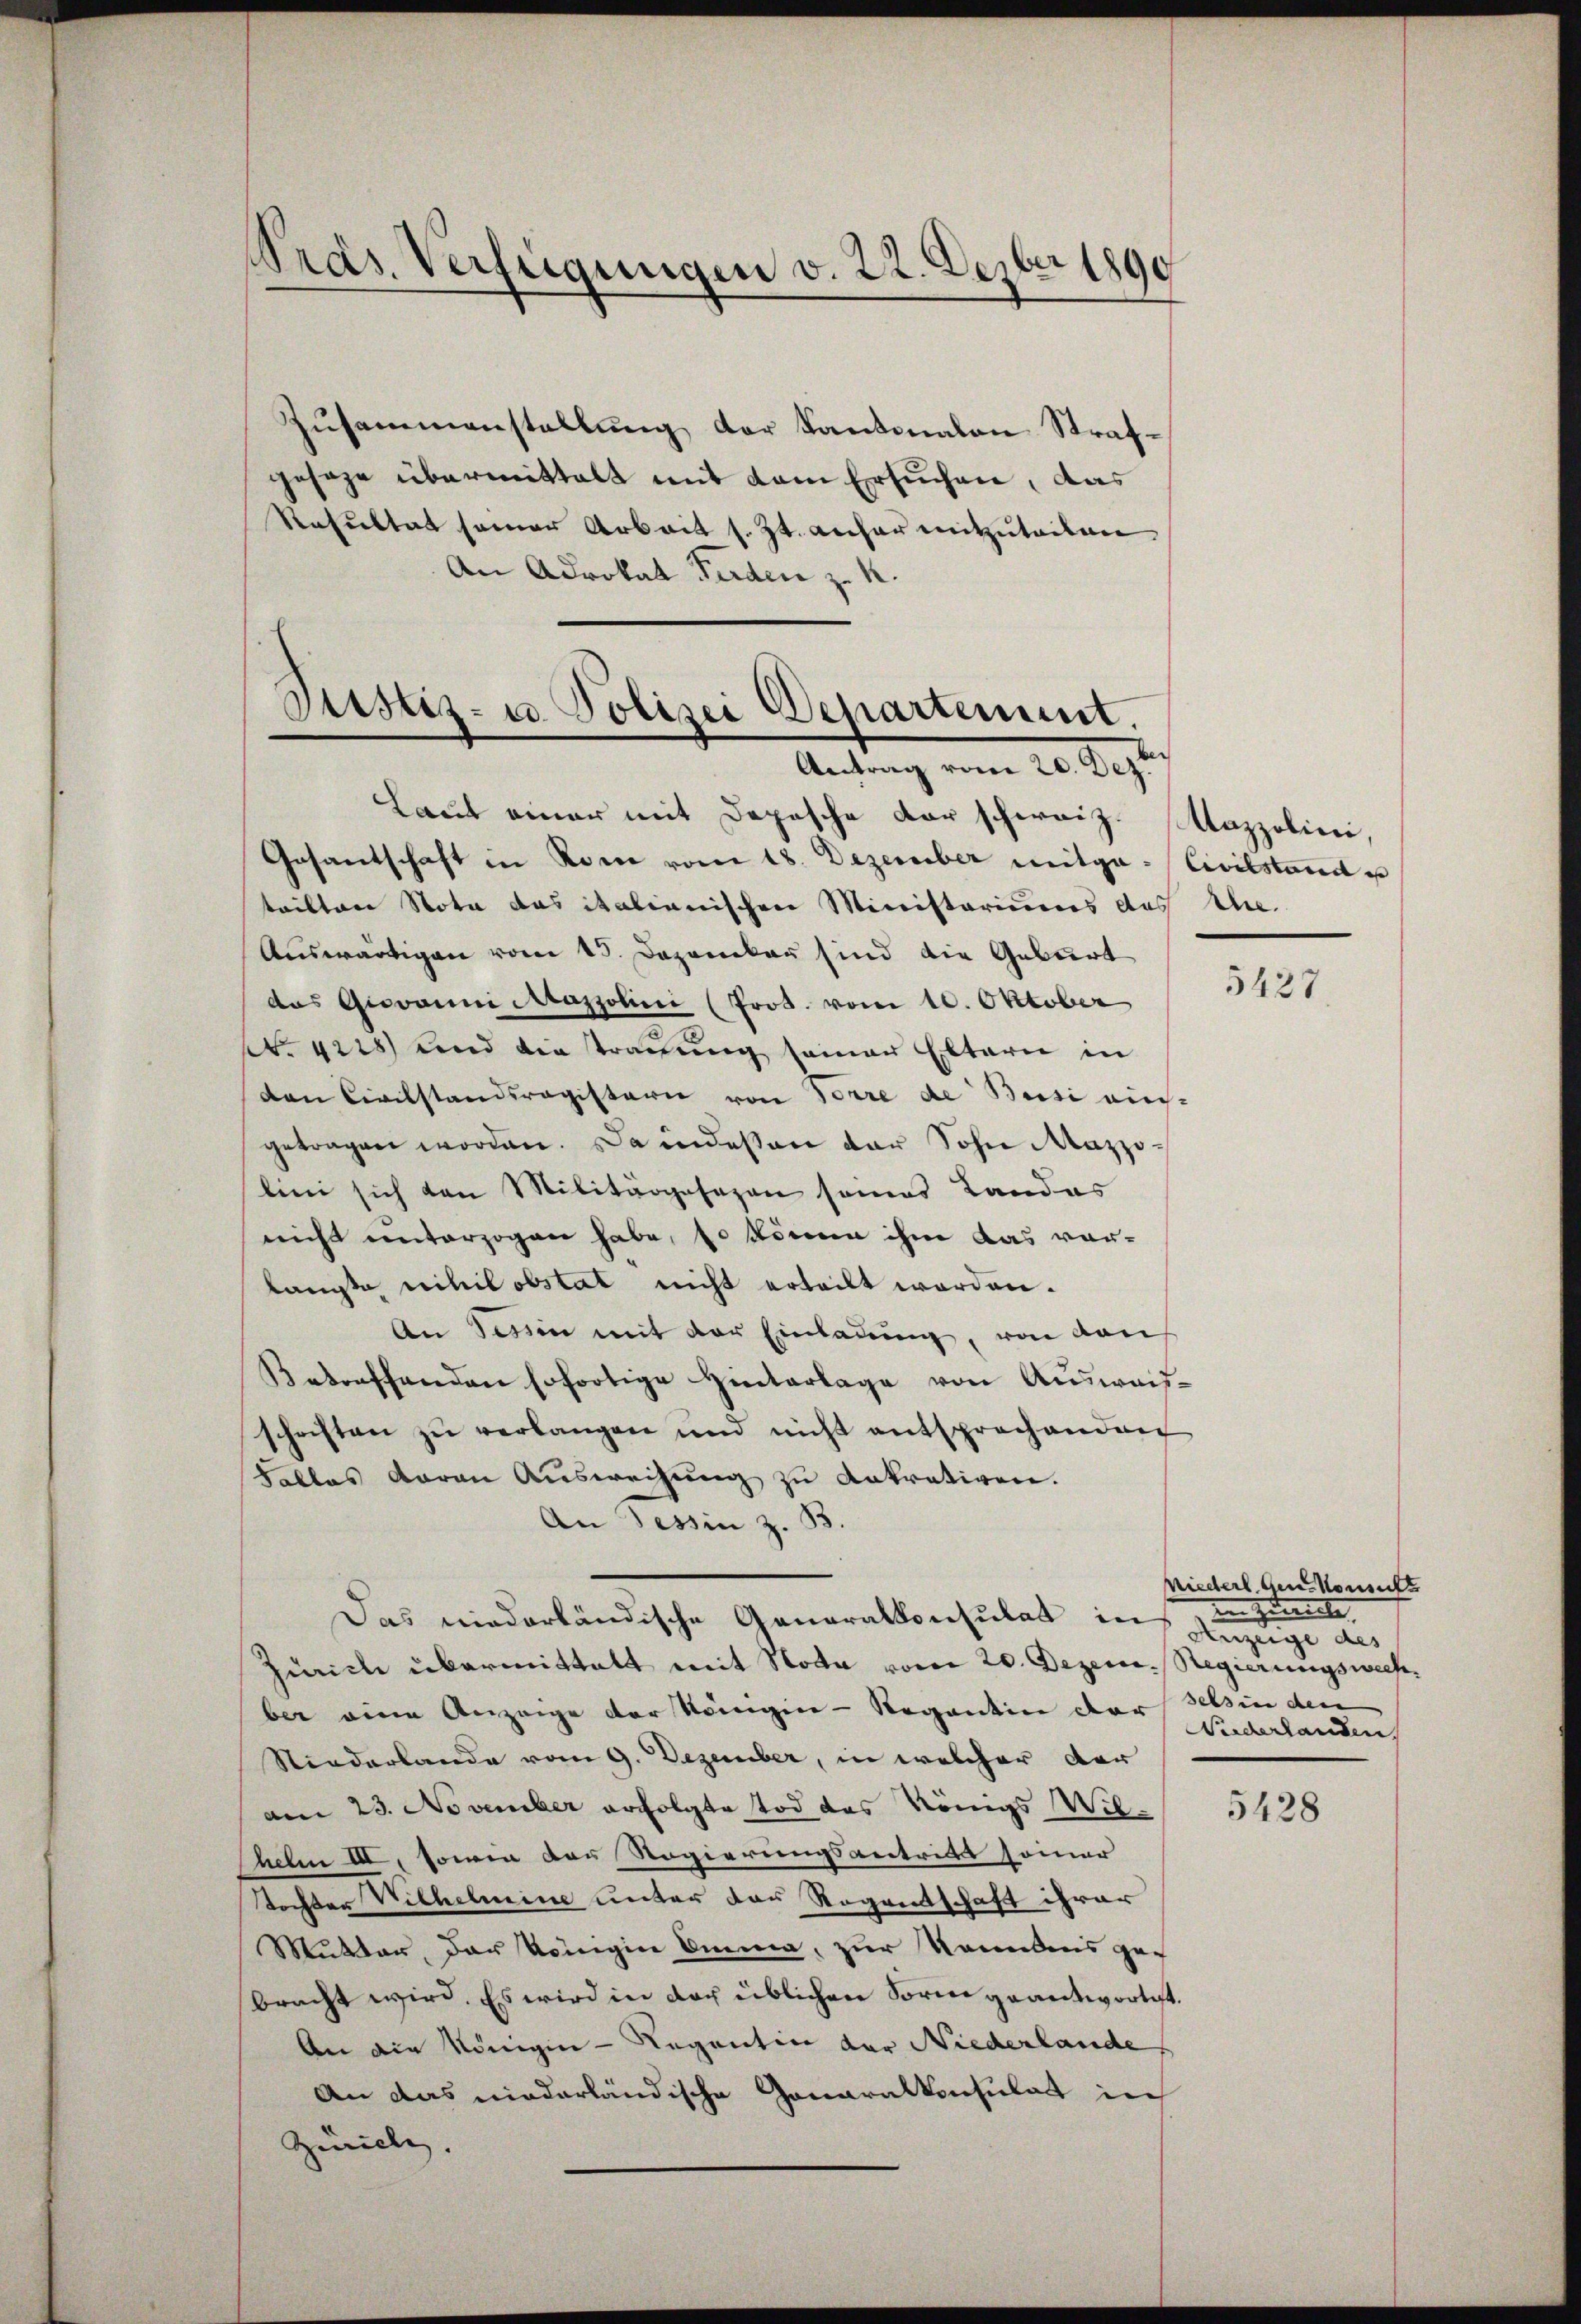
Pras. Verfügungen v. 22. Dezbr 1890

Zusammenstellung der Kantonalen Strafgesage übermittelt mit dem Ersuchen, das
Resultat seiner Arbeit s. Zt. anher mitzuteiten
An Advokat Perden z. K.

Justiz- u. Polizei Departement.
Antrag vom 20. Dez.

Laut einer mit Depesche der schweiz. Mazzolini,
Gesantschaft in Rom vom 18. Dezember mitga-Civilstand es
teilten Nota das italienischen Ministoriums des Ehe-
Auswärtigen vom 15. Dezember sind die Geburt
das Giovanni Mazzolini (Prot. vom 10. Oktober
Nr. 4228) und die strauung seiner Eltern in
den Civilstandsregisterie von Forre de Beisi auch-
getragen worden. Da indeßen der Sohn Mazzolini sich von Militärgesezen seines Landas
nicht unterzogen habe, so könne ihm das vor-
langte nihil obstat nicht erteilt worden.
An Tessin mit der Einladung, von den
Betreffenden sofortige Hinterlage von Ausweisschriften zŭ verlangen und nicht entsprochenden
Falles daran Aŭsweisŭng zu Ankrativen.
An Tessin z. B.
Das niederländische Generalkonsulat in Anzeige des
siicle übermittalt mit Nota vom 20. Dezem. Regierungswech-
ber eine Anzeige der Königine-Regantin der Tessin den
Niederlande vom 9. Dezember, in welcher der
am 23. November erfolgte Tod das Königs Wilhelm III, sowie der Regierungsantritt seiner
Tochter Wilhelmine unter der Regentschaft ihrer
Mutter, der Königin Amma, zur Ranndens ge-
bracht wird. Es wird in doch üblichen Form geantwortet.
An die Königen - Regention der Niederlande
An das niederländische Gonaralkonsulat in
Zuville.

5427.

Miederl gene Konsult
zureiche
Niederlanden

5428